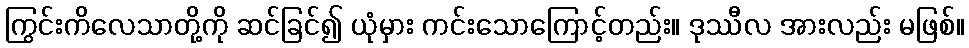
ကြွင်းကိလေသာတို့ကို ဆင်ခြင်၍ ယုံမှား ကင်းသောကြောင့်တည်း။ ဒုဿီလ အားလည်း မဖြစ်။